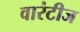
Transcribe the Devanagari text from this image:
वारंटीज